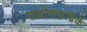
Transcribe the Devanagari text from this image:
सद्बोधचंद्रिके